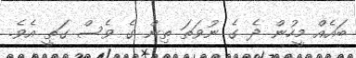
ބައެއް މީހުން ދެ ގެ ނުވަތަ ތިން ގެ ވެސް ގަތީ އެވެ.